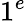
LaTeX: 1^{e}